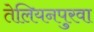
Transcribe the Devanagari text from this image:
तेलियनपुरवा